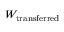
W _ { \mathrm { t r a n s f e r r e d } }